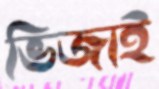
ভিজাই